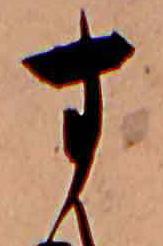
す